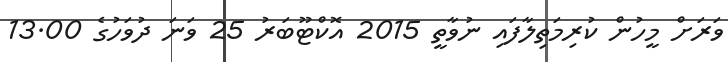
ވަރަށް މީހުން ކުރިމަތިލާފައި ނުވާތީ 2015 އޮކްޓޫބަރު 25 ވަނަ ދުވަހުގެ 13.00